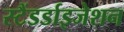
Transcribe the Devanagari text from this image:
स्टैंडर्डाइजेशन